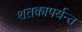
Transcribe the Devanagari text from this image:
शतकापर्यन्त